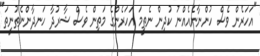
"އަހަރެން ވެސް ހުންނާނެއެއްނު ކުދިން ނެތީމަ އަހަރެންގެ މަތިން ވެސް ޝާރުދާ ހަނދާންނެތުނީތަ"